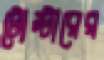
টোস্টারের